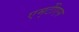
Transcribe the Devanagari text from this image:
एम्‌टीेएस